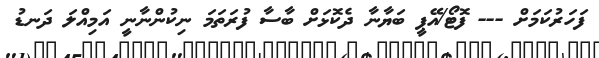
ފަހަރުކަމަށް --- ފޮޓޯ/އޭޕީ ބަޔާނާ ދެކޮޅަށް ބާސާ ފުރަތަމަ ނިކުންނާނީ އަމިއްލަ ދަނޑު